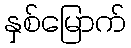
နှစ်မြောက်